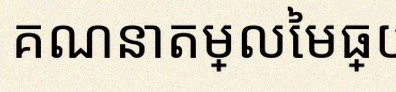
គណនាតម្លៃមធ្យម